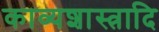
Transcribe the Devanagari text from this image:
काव्यशास्त्रादि